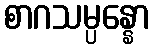
စာဂသမ္ပန္နော